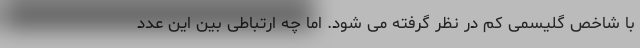
با شاخص گلیسمی کم در نظر گرفته می شود. اما چه ارتباطی بین این عدد